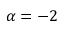
\alpha = - 2